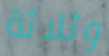
وثلاثة